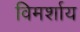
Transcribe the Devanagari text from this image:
विमर्शाय